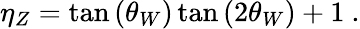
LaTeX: \eta_{Z}=\tan{(\theta_{W})}\tan{(2\theta_{W})}+1\ .